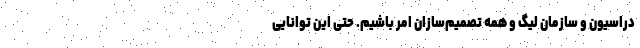
دراسیون و سازمان لیگ و همه تصمیم‌سازان امر باشیم. حتی این توانایی